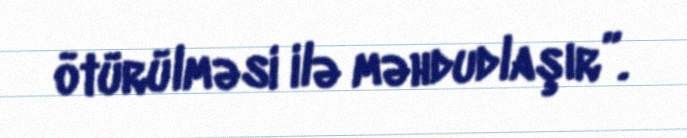
ötürülməsi ilə məhdudlaşır”.